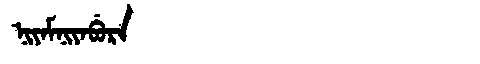
Manchu: ᠨᡳᠶᠠᠮᠨᡳᠶᠠᠪᡠᡵᠠ
Romanization: NIYAMNIYABURA